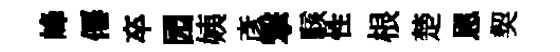
峰僊卒园姨彥撃駭性根楚恩契